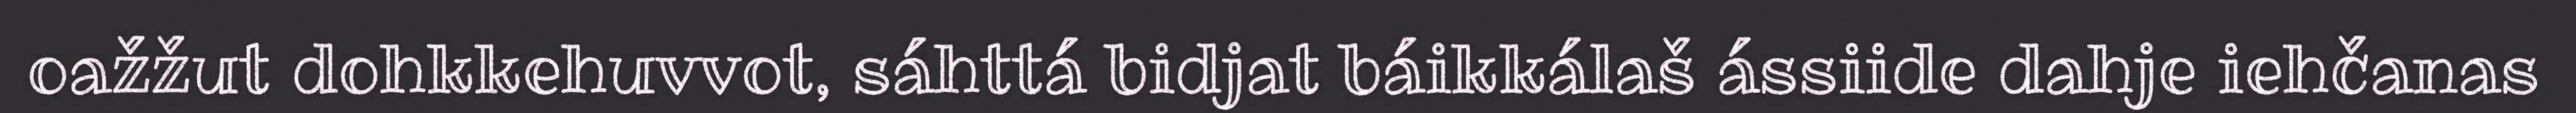
oažžut dohkkehuvvot, sáhttá bidjat báikkálaš ássiide dahje iehčanas